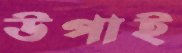
উপাই